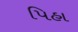
પિહા